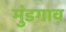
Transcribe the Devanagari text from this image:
मुंडगाव